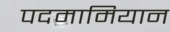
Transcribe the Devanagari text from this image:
पदमामियान